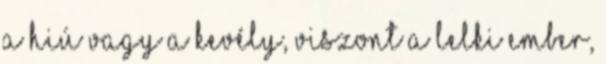
a hiú vagy a kevély, viszont a lelki ember,